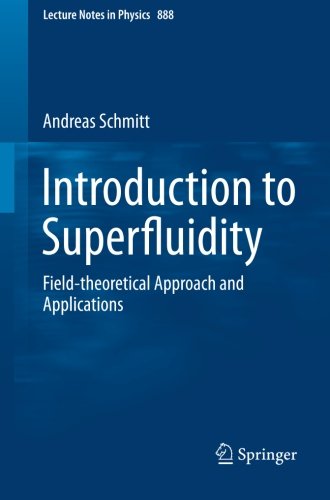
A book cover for Introduction to Superfluidity: Field-theoretical Approach and Applications (Lecture Notes in Physics); Andreas Schmitt; Science & Math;